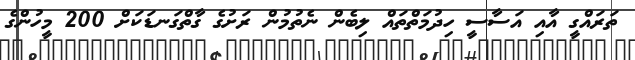
ތަރައްގީ އާއި އަސާސީ ހިދުމަތްތައް ލިބެން ނެތުމުން ރަށުގެ ގާތްގަނޑަކަށް 200 މީހުންގެ